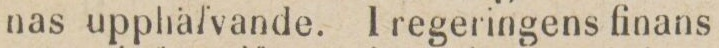
nas upphälvande. I regeringens finans